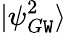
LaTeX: |\psi_{G\mathtt{W}}^{2}\rangle